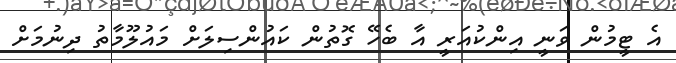
އެ ޓީމުން ވަނީ އިންކުއަރީ އާ ބެހޭ ގޮތުން ކައުންސިލަށް މައުލޫމާތު ދިނުމަށް